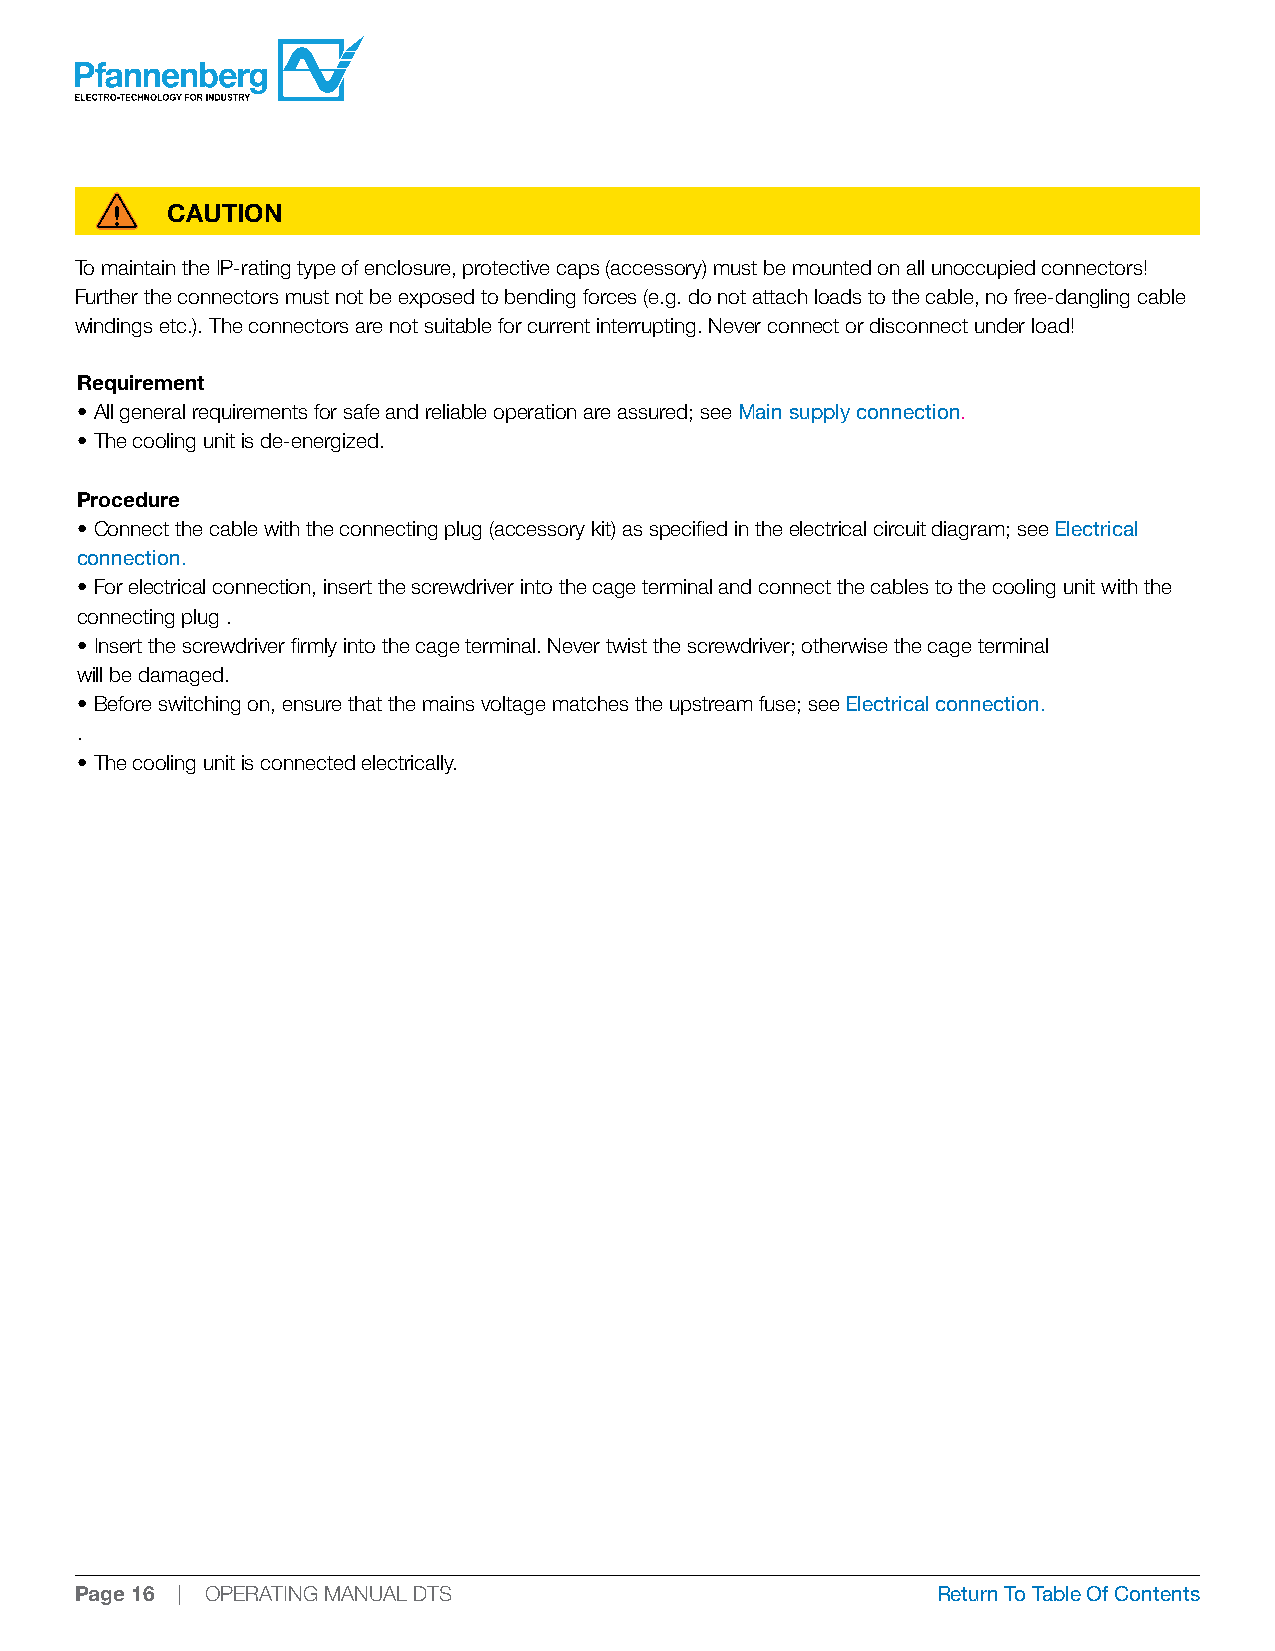
CAUTION
 To maintain the IP-rating type of enclosure, protective caps (accessory) must be mounted on all unoccupied connectors!
 Further the connectors must not be exposed to bending forces (e.g. do not attach loads to the cable, no free-dangling cable
 windings etc.). The connectors are not suitable for current interrupting. Never connect or disconnect under load!
 Requirement
 • All general requirements for safe and reliable operation are assured; see Main supply connection.
 • The cooling unit is de-energized.
 Procedure
 • Connect the cable with the connecting plug (accessory kit) as specified in the electrical circuit diagram; see Electrical
 connection.
 • For electrical connection, insert the screwdriver into the cage terminal and connect the cables to the cooling unit with the
 connecting plug .
 • Insert the screwdriver firmly into the cage terminal. Never twist the screwdriver; otherwise the cage terminal
 will be damaged.
 • Before switching on, ensure that the mains voltage matches the upstream fuse; see Electrical connection.
 .
 • The cooling unit is connected electrically.
 Page 16 | OPERATING MANUAL DTS                           Return To Table Of Contents